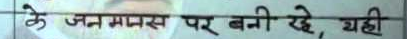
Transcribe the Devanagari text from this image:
के जन मानस पर बनी रहे, यही